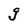
Character: g